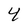
Character: 4